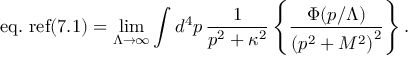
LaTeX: \mathrm { e q . \ r e f { ( 7 . 1 ) } } = \operatorname * { l i m } _ { \Lambda \to \infty } \int d ^ { 4 } p \, { \frac { 1 } { p ^ { 2 } + \kappa ^ { 2 } } } \left\{ { \frac { \Phi ( p / \Lambda ) } { \left( p ^ { 2 } + M ^ { 2 } \right) ^ { 2 } } } \right\} .